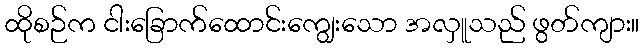
ထိုစဉ်က ငါးခြောက်ထောင်းကျွေးသော အလှူသည် ဖွတ်ကျား။